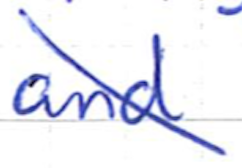
Text: and
Cross-out: mix
Writing tool: ballpoint